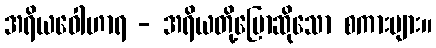
အရိယဝေါဟာရ - အရိယတို့ပြောဆိုသော စကားများ။